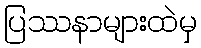
ပြဿနာများထဲမှ